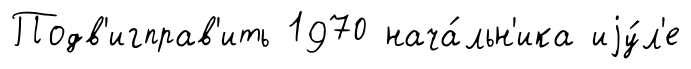
Подв'игправ'ить 1970 нача́льн'ика иjу́л'е